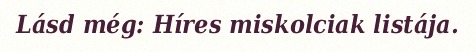
Lásd még: Híres miskolciak listája.